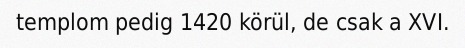
templom pedig 1420 körül, de csak a XVI.